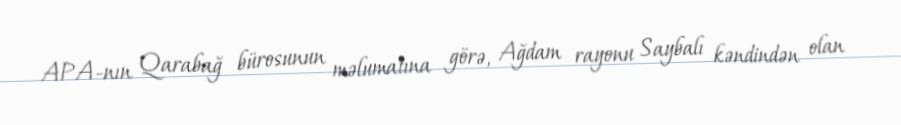
APA-nın Qarabağ bürosunun məlumatına görə, Ağdam rayonu Saybalı kəndindən olan